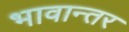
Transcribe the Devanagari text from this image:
भावान्तर